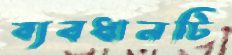
ব্যবধানটি